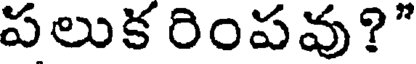
పలుక రింపవు?"